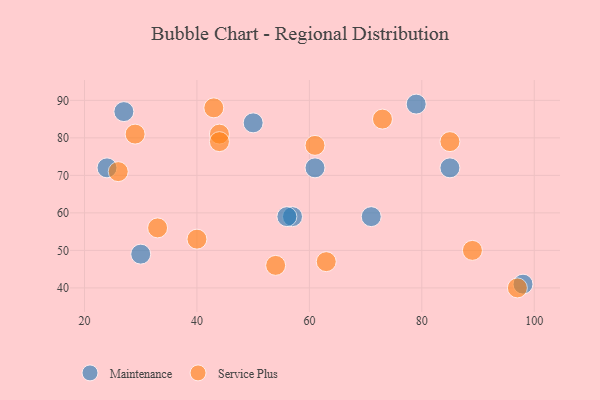
{"axis": {"x": "GDP", "y": "Life Expectancy"}, "legend": ["Maintenance", "Service Plus"], "data": [{"x": "30", "y": 49, "type": "Maintenance"}, {"x": "50", "y": 84, "type": "Maintenance"}, {"x": "61", "y": 72, "type": "Maintenance"}, {"x": "24", "y": 72, "type": "Maintenance"}, {"x": "71", "y": 59, "type": "Maintenance"}, {"x": "27", "y": 87, "type": "Maintenance"}, {"x": "57", "y": 59, "type": "Maintenance"}, {"x": "98", "y": 41, "type": "Maintenance"}, {"x": "56", "y": 59, "type": "Maintenance"}, {"x": "79", "y": 89, "type": "Maintenance"}, {"x": "85", "y": 72, "type": "Maintenance"}, {"x": "40", "y": 53, "type": "Service Plus"}, {"x": "29", "y": 81, "type": "Service Plus"}, {"x": "89", "y": 50, "type": "Service Plus"}, {"x": "26", "y": 71, "type": "Service Plus"}, {"x": "33", "y": 56, "type": "Service Plus"}, {"x": "73", "y": 85, "type": "Service Plus"}, {"x": "97", "y": 40, "type": "Service Plus"}, {"x": "85", "y": 79, "type": "Service Plus"}, {"x": "63", "y": 47, "type": "Service Plus"}, {"x": "44", "y": 81, "type": "Service Plus"}, {"x": "61", "y": 78, "type": "Service Plus"}, {"x": "44", "y": 79, "type": "Service Plus"}, {"x": "43", "y": 88, "type": "Service Plus"}, {"x": "54", "y": 46, "type": "Service Plus"}]}